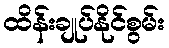
ထိန်းချုပ်နိုင်စွမ်း